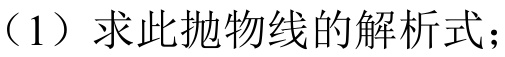
（1）求此抛物线的解析式；